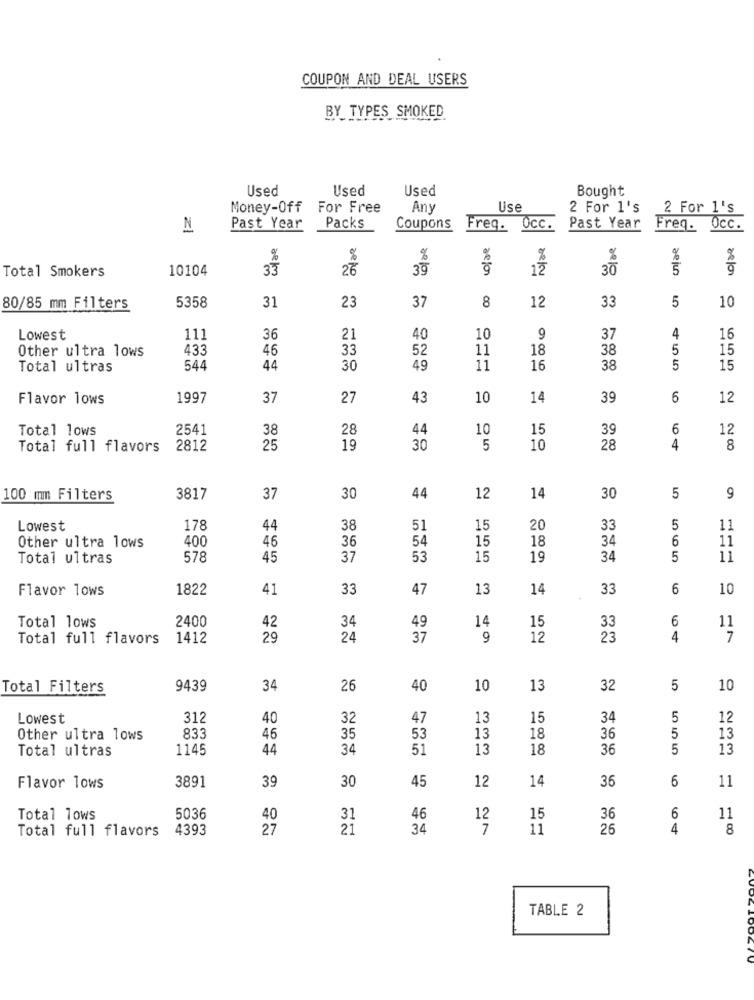
COUPON AND DEAL USERS
BY TYPES SMOKED
Used
Used
Used
Bought
Money-Off
For Free
Any
Use
2 For 1's
2 For 1's
N
Past Year
Packs
Coupons
Freq.
OCC.
Past Year
Freq.
0cc.
%
%
%
%
10104
33
26
39
a-efor
12
30
Total Smokers
5358
31
23
37
8
12
33
5
10
80/85 mm Filters
Lowest
111
36
21
40
10
9
37
4
16
Other ultra lows
433
46
33
52
11
18
38
5
15
Total ultras
544
44
30
49
11
16
38
5
15
Flavor lows
1997
37
27
43
10
14
39
6
12
Total lows
2541
38
28
44
10
15
39
6
12
Total full flavors
2812
25
19
30
5
10
28
4
8
30
100 mm Filters
3817
37
30
44
12
14
5
9
Lowest
178
44
38
51
15
20
33
5
11
400
46
54
15
18
34
6
11
Other ultra lows
36
Total ultras
578
45
37
53
15
19
34
5
11
Flavor lows
1822
41
33
47
13
14
33
6
10
2400
14
33
6
Total lows
42
34
49
15
11
Total full flavors
1412
29
24
37
9
12
23
4
7
Total Filters
9439
34
26
40
10
13
32
5
10
Lowest
312
40
32
47
13
15
34
5
12
5
Other ultra lows
833
46
35
53
13
18
36
13
Total ultras
1145
44
34
51
13
18
36
5
13
3891
45
12
14
36
6
11
Flavor lows
39
30
Total lows
5036
40
31
46
12
15
36
6
11
Total full flavors
4393
27
21
34
7
11
26
4
8
TABLE 2